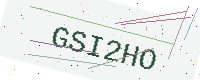
Text: GSI2HO